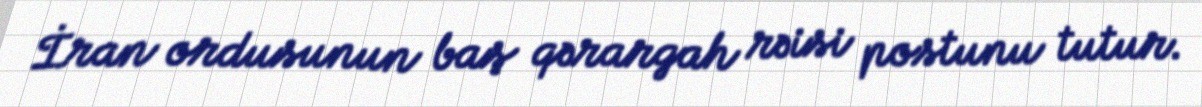
İran ordusunun baş qərargah rəisi postunu tutur.